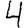
Digit: 4